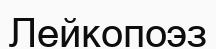
Лейкопоэз